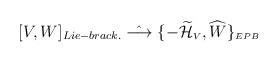
\begin{align*}[V,W]_{Lie-brack.} \; \hat{\longrightarrow} \; \{-{\widetilde {\cal H}}_{\scriptscriptstyle V},{\widehat W}\}_{\scriptscriptstyle EPB}\end{align*}